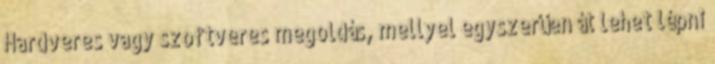
Hardveres vagy szoftveres megoldás, mellyel egyszerűen át lehet lépni